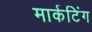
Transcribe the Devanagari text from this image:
मार्कटिंग